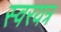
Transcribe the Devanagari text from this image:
स्वरयत्र